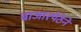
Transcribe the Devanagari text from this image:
बाजारपेठेने